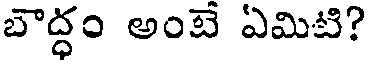
బౌద్ధం అంబె ఏమిటి?